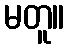
မတူ။